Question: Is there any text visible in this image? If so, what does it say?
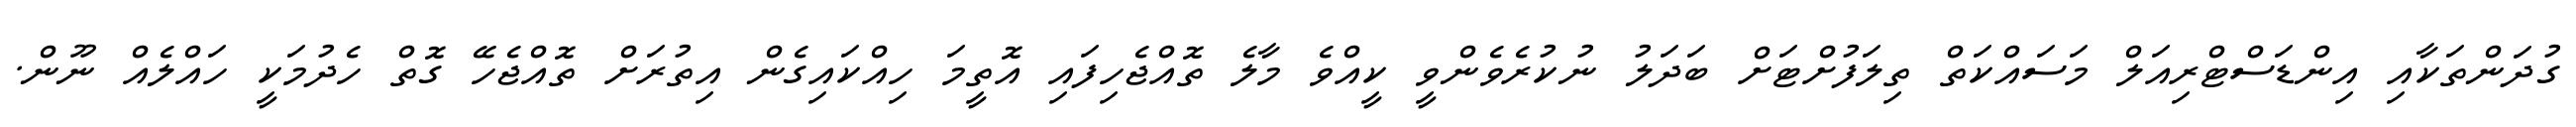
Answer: ގުދަންތަކާއި އިންޑަސްޓްރިއަލް މަސައްކަތް ތިލަފުށްޓަށް ބަދަލު ނުކުރެވެންވީ ކީއްވެ މާލެ ތޮއްޖެހިފައި އޮތީމަ ހިއްކައިގެން އިތުރަށް ތޮއްޖެހޭ ގޮތް ހެދުމަކީ ހައްލެއް ނޫން.